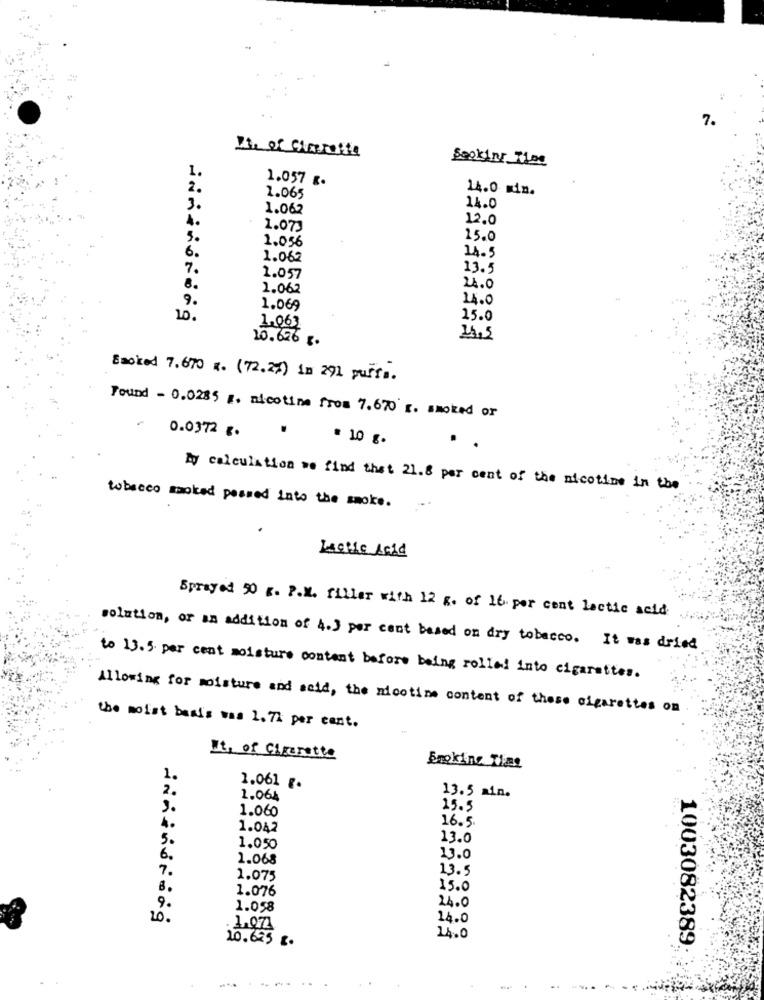
7.
It, of Charrette
Seoking Thee
1.
1.057 g.
2.
14.0 min.
2.065
3.
1.062
14.0
4.
12.0
1.073
5.
1.056
15.0
6.
14.5
1.062
7.
13.5
1.057
8.
1.062
24.0
9.
14.0
1.069
10.
15.0
1,063
10.626 g.
24,5
Smoked 7.670 x. (72.27) in 291 puffs.
Found - 0.0285 z. nicotine from 7.670 r. smoked or
0.0372 g.
.
= 10 g .
..
My calculation we find that 21.8 per cent of the nicotine in the
tobacco moked pessed into the smoke.
Lactic Acid
Sprayed 50 g. P.M. filler with 12 g. of 16 per cent lactic acid
solution, or an addition of 4.) per cent based on dry tobacco. It was dried
to 13.5 per cent moisture content before being rolled into cigarettes.
Allowing for moisture and acid, the nicotine content of these cigarettes on
the moist bas's was 1.7% per cent.
It, of Cigarette
Smoking Tias
1.
2.
2.061 g.
1.064
13.5 min.
1.060
25.5
16.5
1.042
5.
13.0
1.050
6.
1.068
13.0
7.
13.5
1.075
8.
1.076
15.0
9.
1.058
24.0
20.
14.0
1.071
20.695 2.
14.0
1003082389